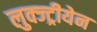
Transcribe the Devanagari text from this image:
लुक्ज्ट्रीयेन